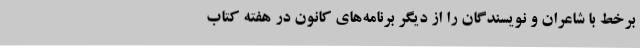
برخط با شاعران و نویسندگان را از دیگر برنامه‌های کانون در هفته کتاب